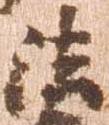
法